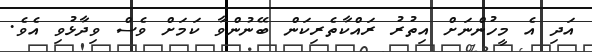
އަދި އެ މީހުންނަށް އިތުރު ރައްކާތެރިކަން ބޭނުންވާ ކަމަށް ވެސް ވިދާޅުވި އެވެ.